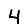
Digit: 4